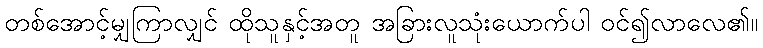
တစ်အောင့်မျှကြာလျှင် ထိုသူနှင့်အတူ အခြားလူသုံးယောက်ပါ ဝင်၍လာလေ၏။